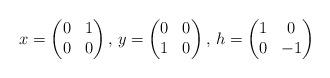
LaTeX: \begin{align*}x=\left(\begin{matrix} 0 & 1 \\ 0 & 0 \end{matrix} \right), \, y=\left(\begin{matrix} 0 & 0 \\ 1 & 0 \end{matrix} \right), \, h=\left(\begin{matrix} 1 & 0 \\ 0 & -1 \end{matrix} \right)\end{align*}